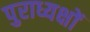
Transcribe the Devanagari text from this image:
पुराध्यक्षों